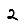
Digit: 2